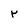
Character: r